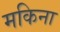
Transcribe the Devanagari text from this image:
मकिना